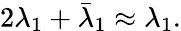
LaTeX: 2\lambda_{1}+\bar{\lambda}_{1}\approx\lambda_{1}.